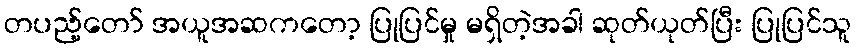
တပည့်တော် အယူအဆကတော့ ပြုပြင်မှု မရှိတဲ့အခါ ဆုတ်ယုတ်ပြီး ပြုပြင်သူ